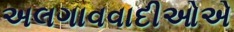
અલગાવવાદીઓએ